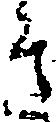
き